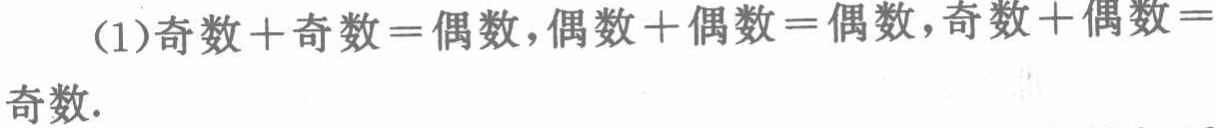
(1)奇数+奇数=偶数,偶数+偶数=偶数,奇数+偶数=奇数.